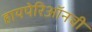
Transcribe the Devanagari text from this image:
हायपेरिऑनची